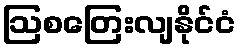
ဩစတြေးလျနိုင်ငံ